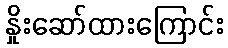
နှိုးဆော်ထားကြောင်း